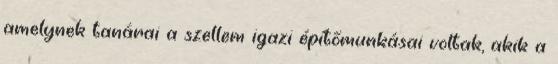
amelynek tanárai a szellem igazi építőmunkásai voltak, akik a